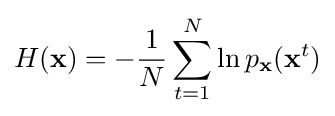
H(\mathbf {x} )=-{\frac {1}{N}}\sum _{t=1}^{N}\ln p_{\mathbf {x} }(\mathbf {x} ^{t})